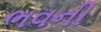
ભવની